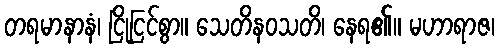
တရမာနာနံ၊ ငြိုငြင်စွာ။ သေတိနဝသတိ၊ နေရ၏။ မဟာရာဇ၊